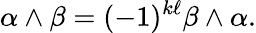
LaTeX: \alpha\wedge\beta=(-1)^{k\ell}\beta\wedge\alpha.